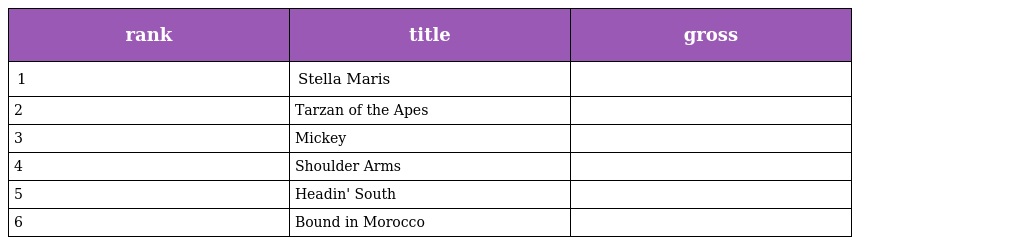
| rank | title | gross |
 | --- | --- | --- |
 | 1 | Stella Maris |  |
 | 2 | Tarzan of the Apes |  |
 | 3 | Mickey |  |
 | 4 | Shoulder Arms |  |
 | 5 | Headin' South |  |
 | 6 | Bound in Morocco |  |